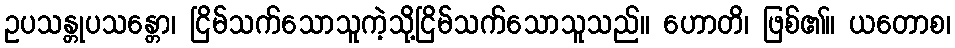
ဥပသန္တုပသန္တော၊ ငြိမ်သက်သောသူကဲ့သို့ငြိမ်သက်သောသူသည်။ ဟောတိ၊ ဖြစ်၏။ ယတောစ၊